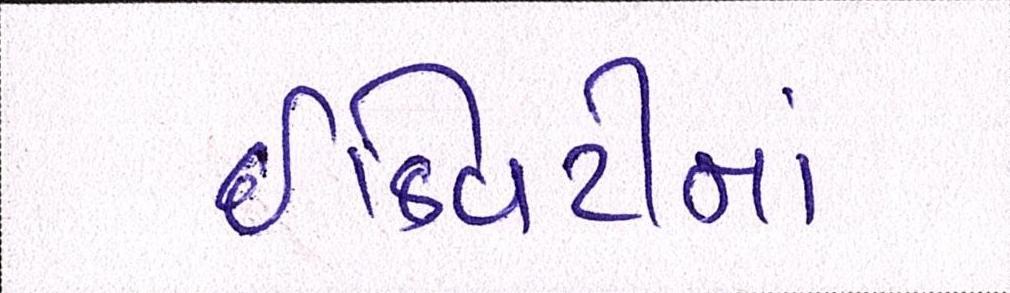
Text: ઇક્વિટીમાં